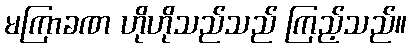
မကြာခဏ ဟိုဟိုသည်သည် ကြည့်သည်။